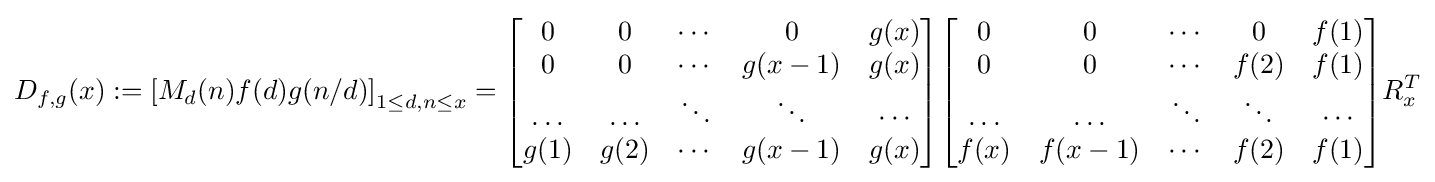
D_{f,g}(x):=\left[M_{d}(n)f(d)g(n/d)\right]_{1\leq d,n\leq x}={\begin{bmatrix}0&0&\cdots &0&g(x)\\0&0&\cdots &g(x-1)&g(x)\\\ldots &\ldots &\ddots &\ddots &\cdots \\g(1)&g(2)&\cdots &g(x-1)&g(x)\end{bmatrix}}{\begin{bmatrix}0&0&\cdots &0&f(1)\\0&0&\cdots &f(2)&f(1)\\\ldots &\ldots &\ddots &\ddots &\cdots \\f(x)&f(x-1)&\cdots &f(2)&f(1)\end{bmatrix}}R_{x}^{T}